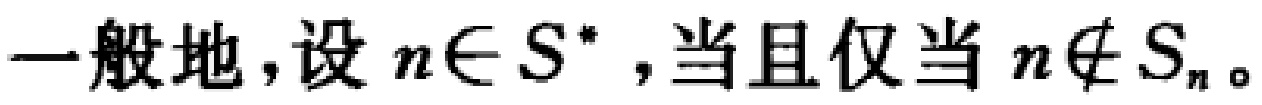
一般地，设 \(n\in S^{*}\)，当且仅当 \(n\notin S_{n}\)。